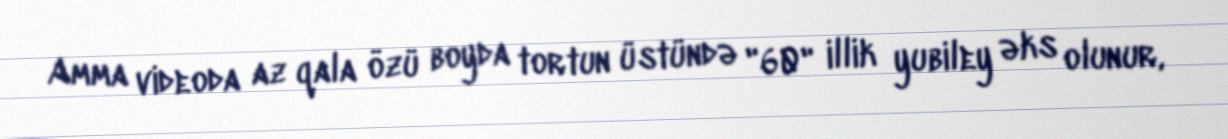
Amma videoda az qala özü boyda tortun üstündə "60" illik yubiley əks olunur,